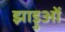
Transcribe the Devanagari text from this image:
झाड़ुओं